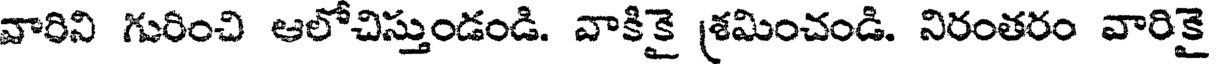
వారిని గురించి ఆలోచిస్తుండండి. వాకికై శ్రమించండి. నిరంతరం వారికై